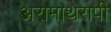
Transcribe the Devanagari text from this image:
अरोमाथेरापी